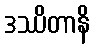
ဒဿိတာနိ